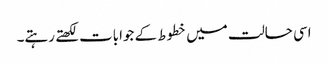
اسی حالت میں خطوط کے جوابات لکھتے رہتے۔